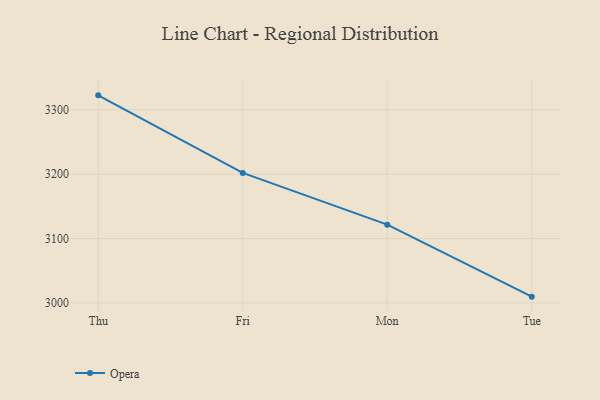
{"axis": {"x": "Day", "y": "Gross Profit (USD K)"}, "legend": ["Opera"], "data": [{"x": "Thu", "y": 3322.3, "type": "Opera"}, {"x": "Fri", "y": 3201.9, "type": "Opera"}, {"x": "Mon", "y": 3121.5, "type": "Opera"}, {"x": "Tue", "y": 3009.7, "type": "Opera"}]}